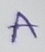
Text: A